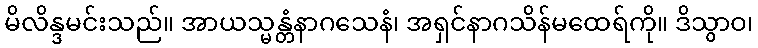
မိလိန္ဒမင်းသည်။ အာယသ္မန္တံနာဂသေနံ၊ အရှင်နာဂသိန်မထေရ်ကို။ ဒိသွာဝ၊